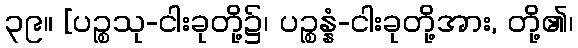
၃၉။ [ပဉ္စသု-ငါးခုတို့၌၊ ပဉ္စန္နံ-ငါးခုတို့အား, တို့၏၊